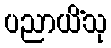
ပညာယိံသု